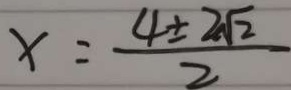
x = \frac { 4 \pm 2 \sqrt { 2 } } { 2 }